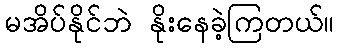
မအိပ်နိုင်ဘဲ နိုးနေခဲ့ကြတယ်။